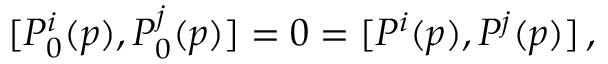
[ P _ { 0 } ^ { i } ( p ) , P _ { 0 } ^ { j } ( p ) ] = 0 = [ P ^ { i } ( p ) , P ^ { j } ( p ) ] \, ,